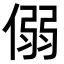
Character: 𪝟